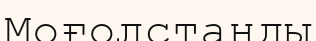
Моғолстанды